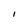
Character: I